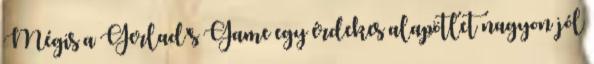
Mégis a Gerlad's Game egy érdekes alapötlet nagyon jól